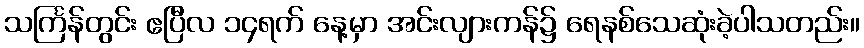
သင်္ကြန်တွင်း ဧပြီလ ၁၄ရက် နေ့မှာ အင်းလျားကန်၌ ရေနစ်သေဆုံးခဲ့ပါသတည်း။